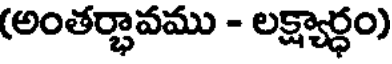
(అంతర్భావము - లక్ష్యార్ధం)